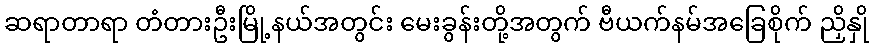
ဆရာတာရာ တံတားဦးမြို့နယ်အတွင်း မေးခွန်းတို့အတွက် ဗီယက်နမ်အခြေစိုက် ညှိနှို